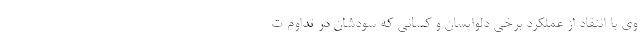
وی با انتقاد از عملکرد برخی دلواپسان و کسانی که سودشان در تداوم ت